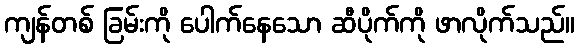
ကျန်တစ် ခြမ်းကို ပေါက်နေသော ဆီပိုက်ကို ဖာလိုက်သည်။